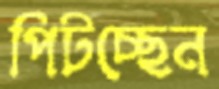
পিটচ্ছেন